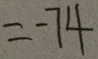
= - 7 4